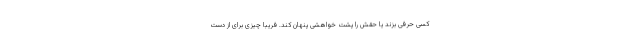
کسی حرفی بزند یا حقش را پشت خواهشی پنهان کند. فریبا چیزی برای از دست